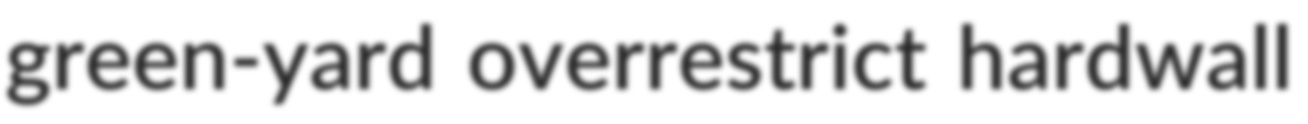
green-yard overrestrict hardwall